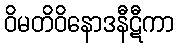
ဝိမတိဝိနောဒနီဋီကာ